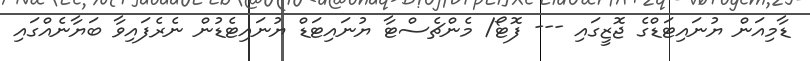
ޑާމިއަން ޔުނައިޓަޑްގެ ޖޮޒީގައި --- ފޮޓޯ/ މެންޗެސްޓާ ޔުނައިޓަޑް ޔުނައިޓެޑުން ނެރެފައިވާ ބަޔާނެއްގައި